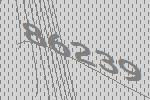
86239